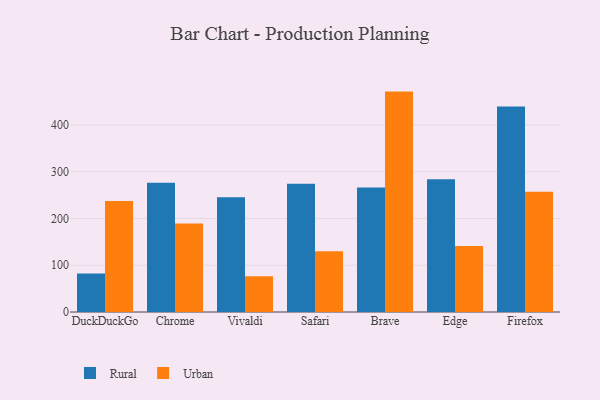
{"axis": {"x": "Browser", "y": "Churn Rate (%)"}, "legend": ["Rural", "Urban"], "data": [{"x": "DuckDuckGo", "y": 82.1, "type": "Rural"}, {"x": "DuckDuckGo", "y": 237.2, "type": "Urban"}, {"x": "Chrome", "y": 276.5, "type": "Rural"}, {"x": "Chrome", "y": 189.2, "type": "Urban"}, {"x": "Vivaldi", "y": 245.6, "type": "Rural"}, {"x": "Vivaldi", "y": 76.4, "type": "Urban"}, {"x": "Safari", "y": 274.4, "type": "Rural"}, {"x": "Safari", "y": 129.9, "type": "Urban"}, {"x": "Brave", "y": 266.1, "type": "Rural"}, {"x": "Brave", "y": 471.3, "type": "Urban"}, {"x": "Edge", "y": 283.8, "type": "Rural"}, {"x": "Edge", "y": 141.2, "type": "Urban"}, {"x": "Firefox", "y": 439.5, "type": "Rural"}, {"x": "Firefox", "y": 257.3, "type": "Urban"}]}